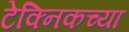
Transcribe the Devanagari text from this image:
टेक्निकच्या